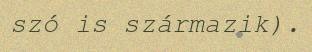
szó is származik).